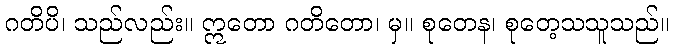
ဂတိပိ၊ သည်လည်း။ ဣတော ဂတိတော၊ မှ။ စုတေန၊ စုတေ့သသူသည်။